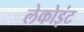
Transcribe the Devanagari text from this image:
लेकोइंट